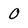
Character: O